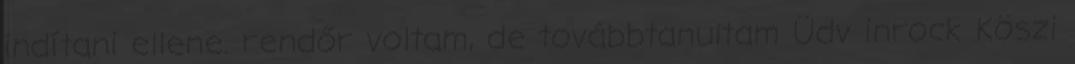
indítani ellene. rendőr voltam, de továbbtanultam Üdv inrock Köszi